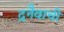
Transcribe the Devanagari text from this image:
द्रनैवाची